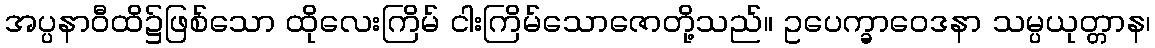
အပ္ပနာဝီထိ၌ဖြစ်သော ထိုလေးကြိမ် ငါးကြိမ်သောဇောတို့သည်။ ဥပေက္ခာဝေဒနာ သမ္ပယုတ္တာန၊